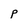
Character: P